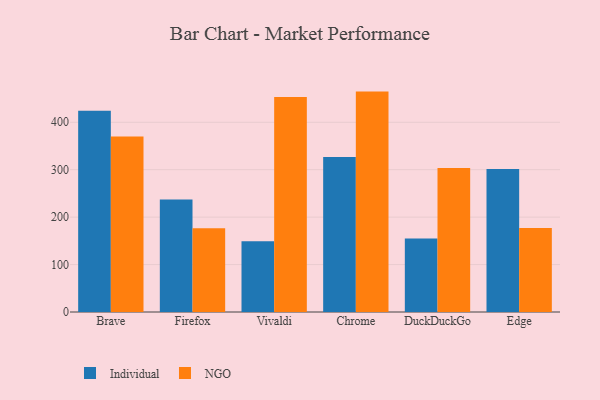
{"axis": {"x": "Browser", "y": "Inventory Turnover"}, "legend": ["Individual", "NGO"], "data": [{"x": "Brave", "y": 424.1, "type": "Individual"}, {"x": "Brave", "y": 369.8, "type": "NGO"}, {"x": "Firefox", "y": 237.1, "type": "Individual"}, {"x": "Firefox", "y": 176.7, "type": "NGO"}, {"x": "Vivaldi", "y": 149.4, "type": "Individual"}, {"x": "Vivaldi", "y": 453.5, "type": "NGO"}, {"x": "Chrome", "y": 326.8, "type": "Individual"}, {"x": "Chrome", "y": 464.7, "type": "NGO"}, {"x": "DuckDuckGo", "y": 155.2, "type": "Individual"}, {"x": "DuckDuckGo", "y": 303.5, "type": "NGO"}, {"x": "Edge", "y": 301.4, "type": "Individual"}, {"x": "Edge", "y": 177.3, "type": "NGO"}]}